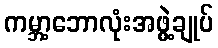
ကမ္ဘာ့ဘောလုံးအဖွဲ့ချုပ်